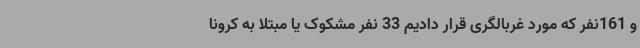
و 161نفر که مورد غربالگری قرار دادیم 33 نفر مشکوک یا مبتلا به کرونا